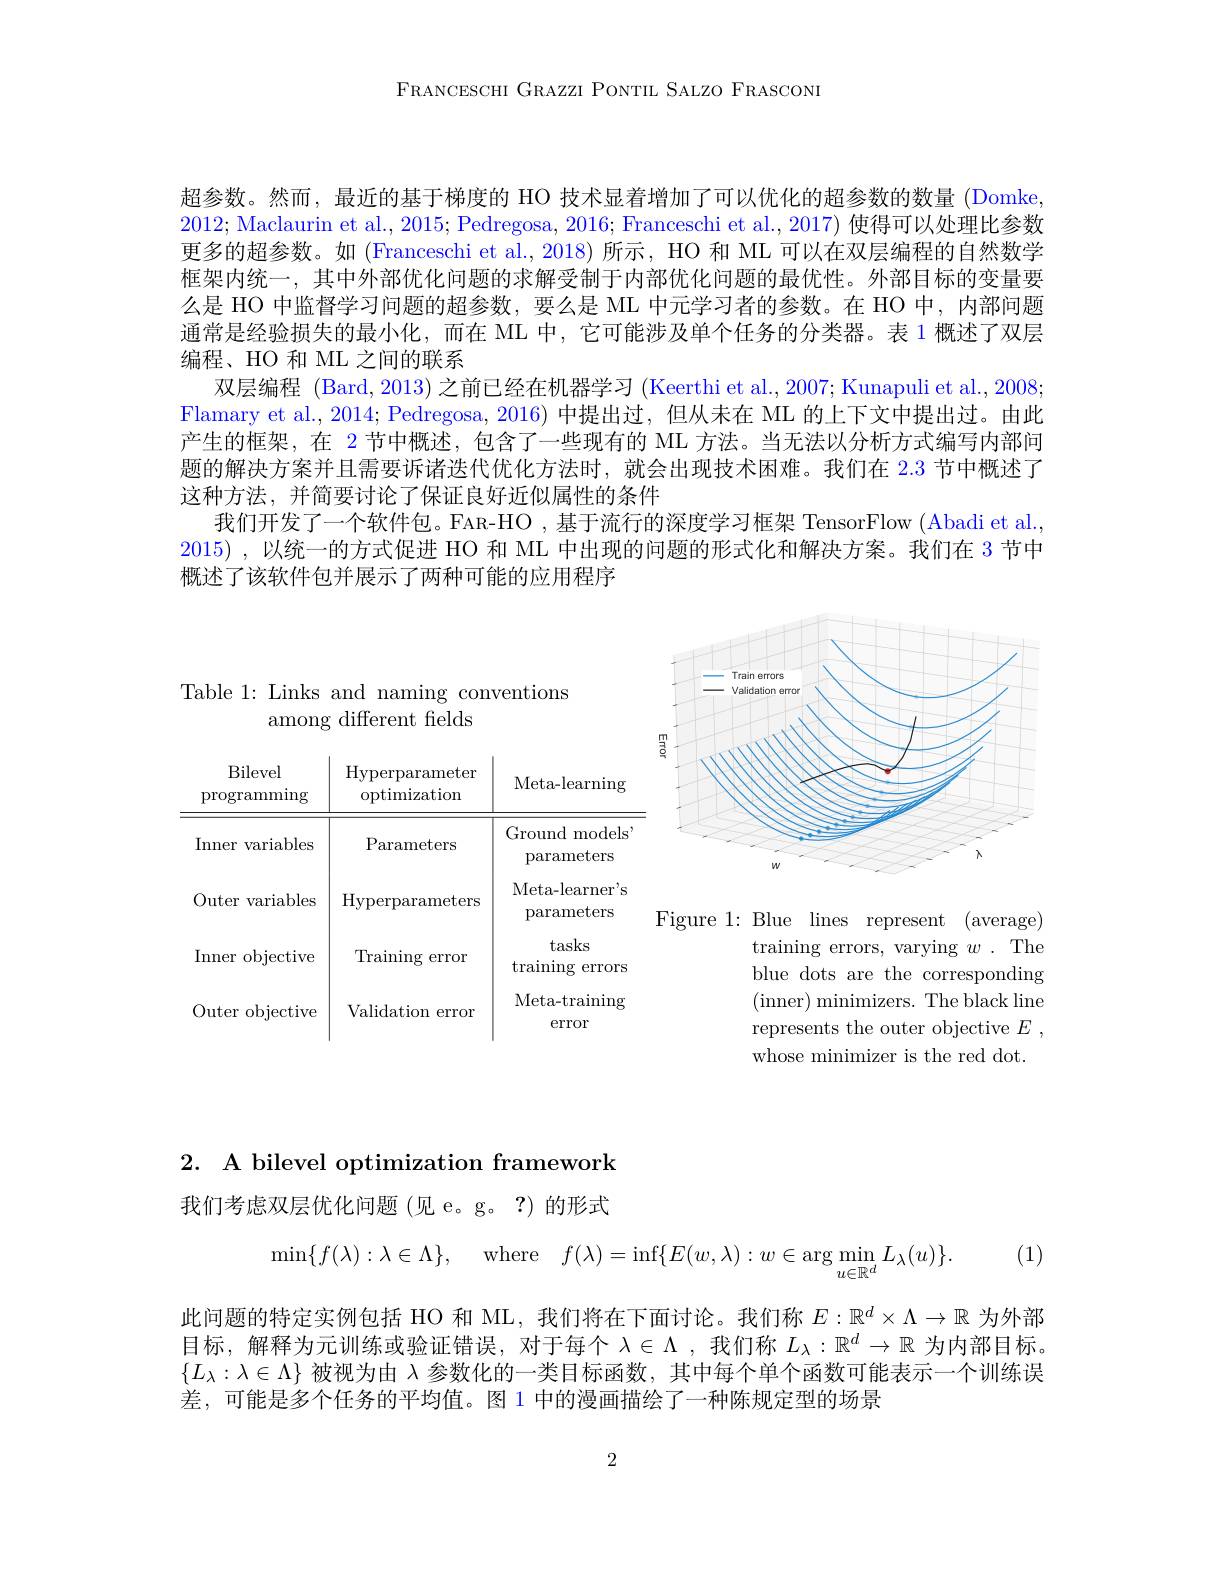
FRANCESCHI GRAZZI PONTIL SALZO FRASCONI

超参数。然而，最近的基于梯度的 HO 技术显着增加了可以优化的超参数的数量 (Domke, 2012; Maclaurin et al., 2015; Pedregosa, 2016; Franceschi et al., 2017) 使得可以处理比参数更多的超参数。如 (Franceschi et al., 2018) 所示，HO 和 ML 可以在双层编程的自然数学框架内统一，其中外部优化问题的求解受制于内部优化问题的最优性。外部目标的变量要么是 HO 中监督学习问题的超参数，要么是 ML 中元学习者的参数。在 HO 中，内部问题通常是经验损失的最小化，而在 ML 中，它可能涉及单个任务的分类器。表 1 概述了双层编程、HO 和 ML 之间的联系
双层编程 (Bard,2013)之前已经在机器学习 (Keerthi et al.,2007; Kunapuli et al.,2008; Flamary et al., 2014; Pedregosa, 2016) 中提出过，但从未在 ML 的上下文中提出过。由此产生的框架，在 2 节中概述，包含了一些现有的 ML 方法。当无法以分析方式编写内部间题的解决方案并且需要诉诸迭代优化方法时，就会出现技术困难。我们在 2.3 节中概述了这种方法，并简要讨论了保证良好近似属性的条件
我们开发了一个软件包。FAR-HO ,基于流行的深度学习框架 TensorFlow (Abadi et al., 2015) ,以统一的方式促进 HO 和 ML 中出现的问题的形式化和解决方案。我们在 3 节中概述了该软件包并展示了两种可能的应用程序

Table 1: Links and naming conventions
among different fields

<FigureHere>

<table>
	<tbody>
		<tr>
			<th>Bilevel $\operatorname{programming}$</th>
			<th>Hyperparameter optimization</th>
			<th>Meta- learning</th>
		</tr>
		<tr>
			<td>Inner variables</td>
			<td>Parameters</td>
			<td>Ground r models parameters</td>
		</tr>
		<tr>
			<td>Outer variables</td>
			<td>Hyperparameters</td>
			<td>$\mathrm{Meta-learner}^{,}$ L parameters</td>
		</tr>
		<tr>
			<td>Inner objective</td>
			<td>$\operatorname{Training}$ error</td>
			<td>tasks $\operatorname{training}$ errors</td>
		</tr>
		<tr>
			<td>Outer objective 1</td>
			<td>Validation error</td>
			<td>Meta- training error</td>
		</tr>
	</tbody>
</table>

Figure 1: Blue lines represent (average)
training errors, varying $w.$ The blue dots are the corresponding ( inner) minimizers. The black line represents the outer objective $E$ , whose minimizer is the red dot.

2. A bilevel optimization framework

我们考虑双层优化问题(见 e。g。?)的形式
$$\min\{f(\lambda):\lambda\in\Lambda\},\quad\text{where}\quad f(\lambda)=\inf\{E(w,\lambda):w\in\arg\min_{u\in\mathbb{R}^d}L_\lambda(u)\}.$$
(1)

此问题的特定实例包括 HO 和 ML, 我们将在下面讨论。我们称$E:\mathbb{R}^d\times\Lambda\to\mathbb{R}$为外部目标，解释为元训练或验证错误，对于每个$\lambda\in\Lambda$ ,我们称$L_\lambda:\mathbb{R}^d\to\mathbb{R}$为内部目标。$\{L_\lambda:\lambda\in\Lambda\}$被视为由$\lambda$参数化的一类目标函数，其中每个单个函数可能表示一个训练误差，可能是多个任务的平均值。图 1 中的漫画描绘了一种陈规定型的场景

2